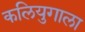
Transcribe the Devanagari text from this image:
कलियुगाला